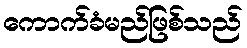
ကောက်ခံမည်ဖြစ်သည်